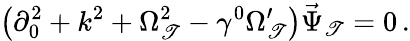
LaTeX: \left(\partial_{0}^{2}+k^{2}+\Omega_{\mathscr{T}}^{2}-\gamma^{0}\Omega_{\mathscr{T}}^{\prime}\right)\vec{{\Psi}}_{\mathscr{T}}=0\, .